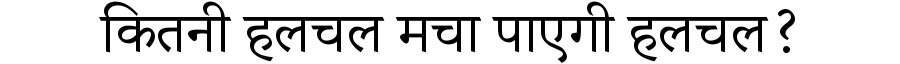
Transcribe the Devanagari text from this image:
कितनी हलचल मचा पाएगी हलचल?